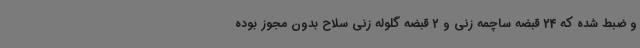
و ضبط شده که 24 قبضه ساچمه زنی و 2 قبضه گلوله زنی سلاح بدون مجوز بوده